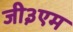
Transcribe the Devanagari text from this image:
जी३एम